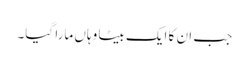
جب ان کا ایک بیٹا وہاں مارا گیا۔